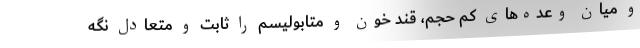
و میان وعده‌های کم حجم‌، قند خون و متابولیسم را ثابت و متعادل نگه‌